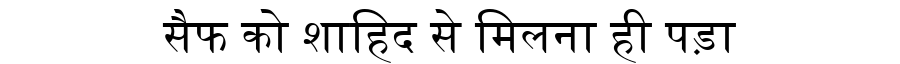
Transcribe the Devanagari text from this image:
सैफ को शाहिद से मिलना ही पड़ा